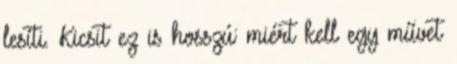
lesíti. Kicsit ez is hosszú: miért kell egy művet